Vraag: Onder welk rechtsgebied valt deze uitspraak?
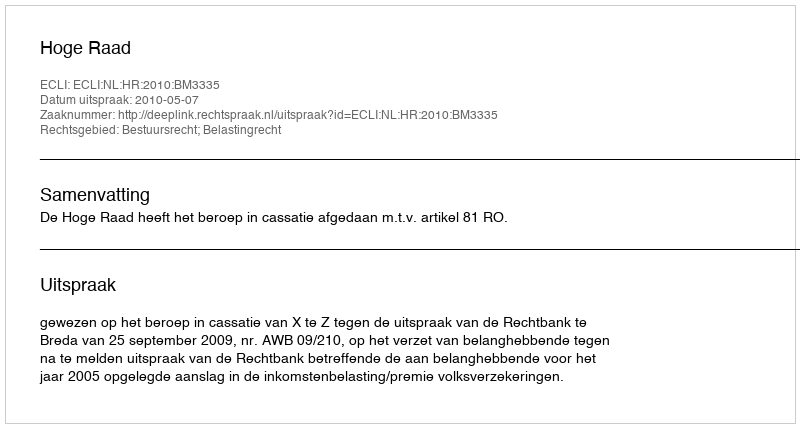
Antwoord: Bestuursrecht; Belastingrecht